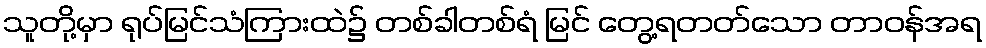
သူတို့မှာ ရုပ်မြင်သံကြားထဲ၌ တစ်ခါတစ်ရံ မြင် တွေ့ရတတ်သော တာဝန်အရ